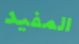
المفيد